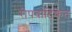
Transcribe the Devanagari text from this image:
रोपवाटिकेत